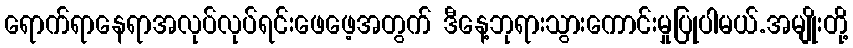
ရောက်ရာနေရာအလုပ်လုပ်ရင်းဖေဖေ့အတွက် ဒီနေ့ဘုရားသွားကောင်းမှုပြုပါမယ်.အမျိုးတို့